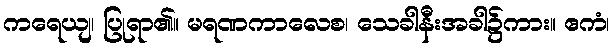
ကရေယျ၊ ပြုရာ၏။ မရဏကာလေစ၊ သေခါနီးအခါ၌ကား။ ဧကံ၊